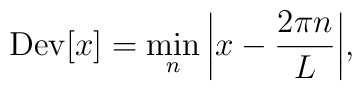
{\rm Dev}[x] = \min_n \bigg|x -\frac{2\pi n}{L} \bigg|,